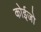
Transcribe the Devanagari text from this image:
कोईजो